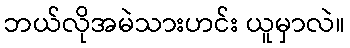
ဘယ်လိုအမဲသားဟင်း ယူမှာလဲ။